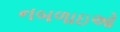
નબળાઇઓ